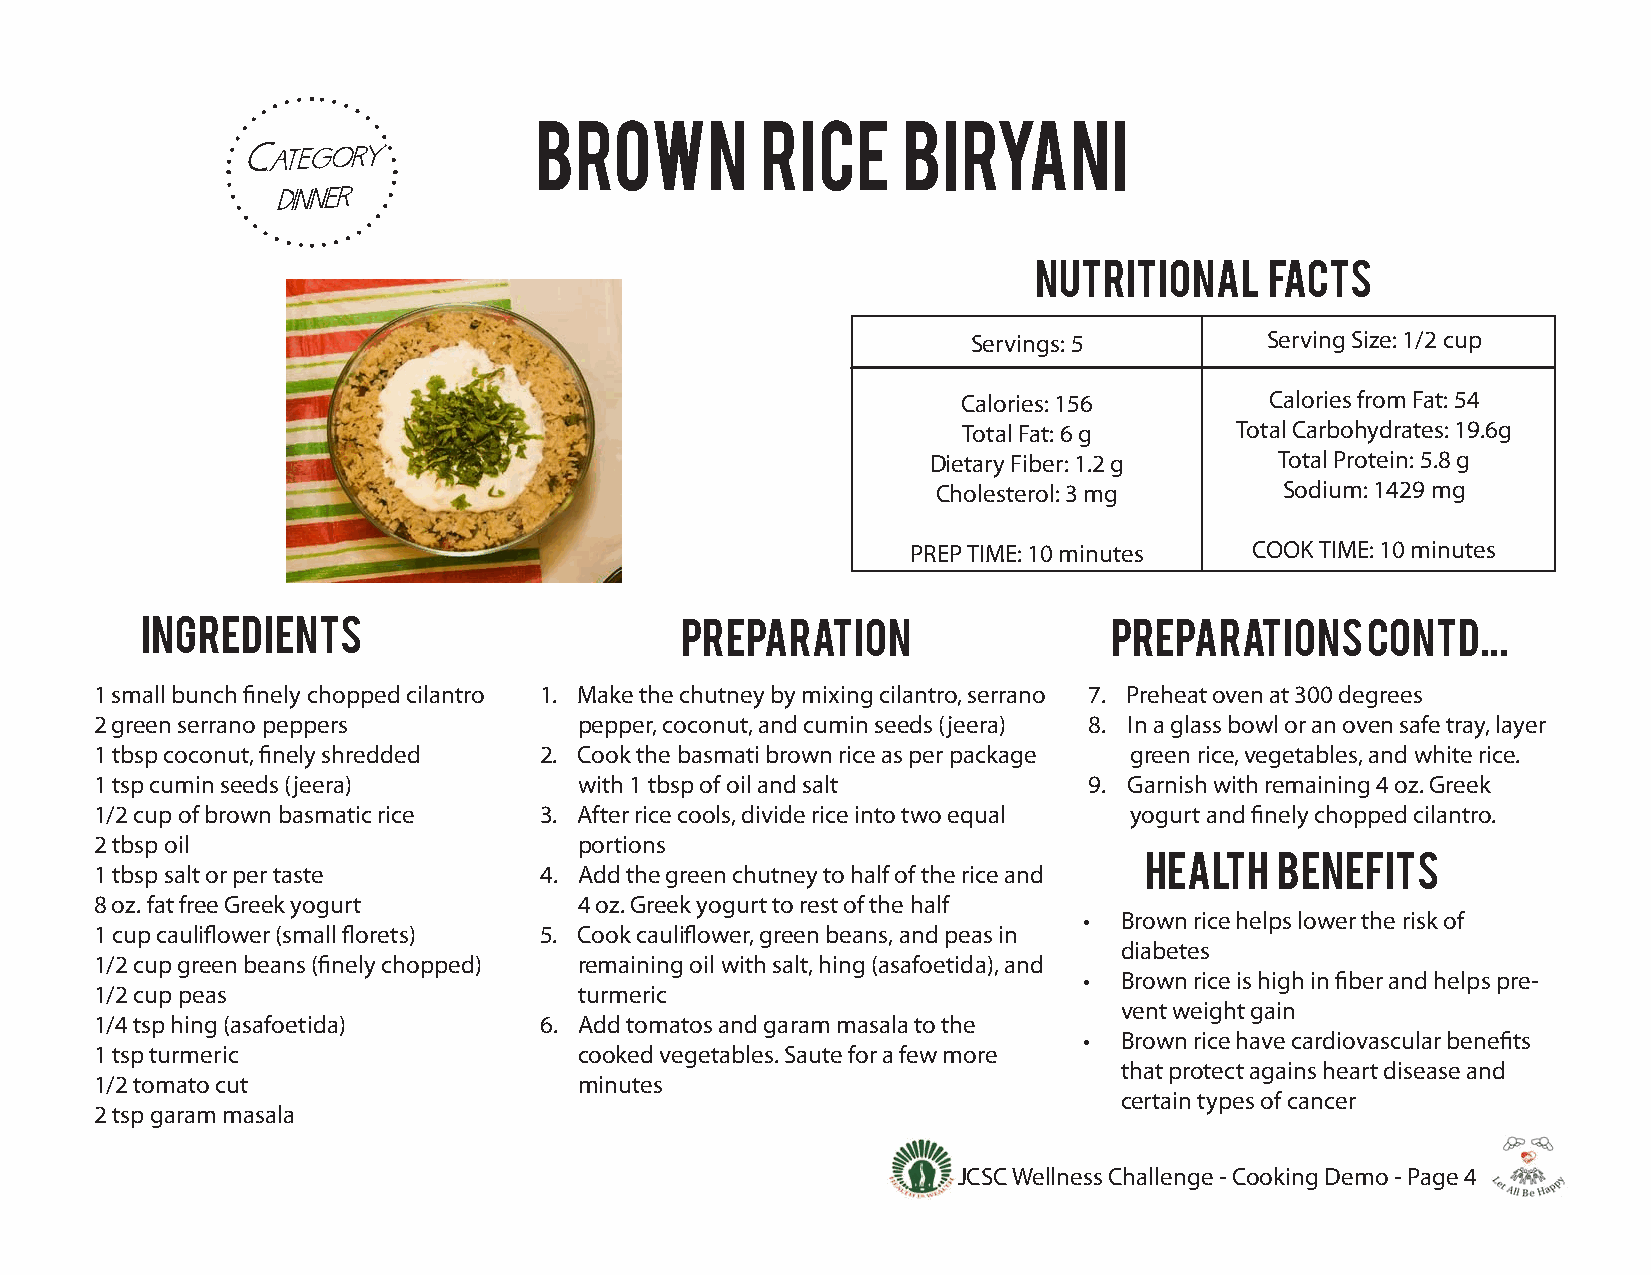
brown          rice      biryani
 nutritional    facts
 Servings: 5         Serving Size: 1/2 cup
 Calories: 156       Calories from Fat: 54
 Total Fat: 6 g    Total Carbohydrates: 19.6g
 Dietary Fiber: 1.2 g   Total Protein: 5.8 g
 Cholesterol: 3 mg      Sodium: 1429 mg
 PREP TIME: 10 minutes  COOK TIME: 10 minutes
 ingredients                         preparation                 preparations     contd...
 1 small bunch finely chopped cilantro 1. Make the chutney by mixing cilantro, serrano 7. Preheat oven at 300 degrees
 2 green serrano peppers         pepper, coconut, and cumin seeds (jeera) 8. In a glass bowl or an oven safe tray, layer
 1 tbsp coconut, finely shredded 2. Cook the basmati brown rice as per package green rice, vegetables, and white rice.
 1 tsp cumin seeds (jeera)       with 1 tbsp of oil and salt       9. Garnish with remaining 4 oz. Greek
 1/2 cup of brown basmatic rice 3. After rice cools, divide rice into two equal yogurt and finely chopped cilantro.
 2 tbsp oil                      portions
 health   benefits
 1 tbsp salt or per taste      4. Add the green chutney to half of the rice and
 8 oz. fat free Greek yogurt     4 oz. Greek yogurt to rest of the half
 • Brown rice helps lower the risk of
 1 cup cauliflower (small florets) 5. Cook cauliflower, green beans, and peas in
 diabetes
 1/2 cup green beans (finely chopped) remaining oil with salt, hing (asafoetida), and
 • Brown rice is high in fiber and helps pre-
 1/2 cup peas                    turmeric
 vent weight gain
 1/4 tsp hing (asafoetida)     6. Add tomatos and garam masala to the
 • Brown rice have cardiovascular benefits
 1 tsp turmeric                  cooked vegetables. Saute for a few more
 that protect agains heart disease and
 1/2 tomato cut                  minutes
 certain types of cancer
 2 tsp garam masala
 JCSC Wellness Challenge - Cooking Demo - Page 4
 C a
 d
 t e
 ni
 g
 n e
 o
 r
 r y